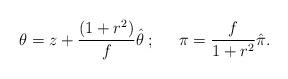
LaTeX: \begin{align*}\theta = z + \frac{(1+r^2)}{f} \hat{\theta} \; ; \;\;\;\;\;\pi = \frac{f}{1+r^2} \hat{\pi}.\end{align*}